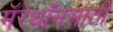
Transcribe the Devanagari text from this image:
मॅरेथॉनसाठी